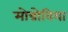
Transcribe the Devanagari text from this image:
मोन्रोविया